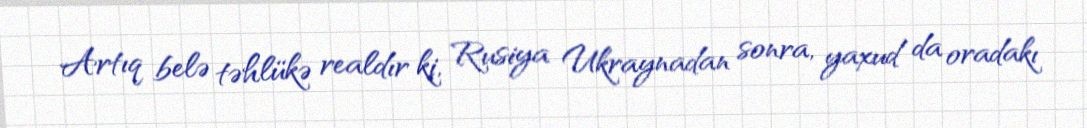
Artıq belə təhlükə realdır ki, Rusiya Ukraynadan sonra, yaxud da oradakı